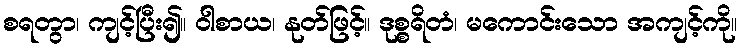
စရတွာ၊ ကျင့်ပြီး၍။ ဝါစာယ၊ နုတ်ဖြင့်။ ဒုစ္စရိတံ၊ မကောင်းသော အကျင့်ကို။